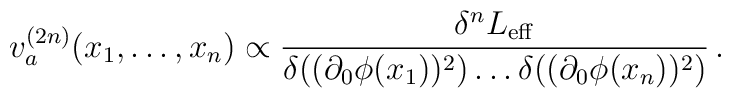
v_a^{(2n)}(x_1,\dots ,x_n)\propto\frac{\delta^n L_{\rm eff}}{\delta ((\partial_0\phi (x_1))^2)\dots \delta ((\partial_0\phi (x_n))^2)} \,.